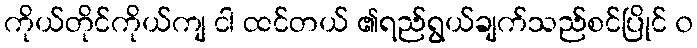
ကိုယ်တိုင်ကိုယ်ကျ ငါ ထင်တယ် ၏ရည်ရွယ်ချက်သည်စင်ပြိုင် ၀